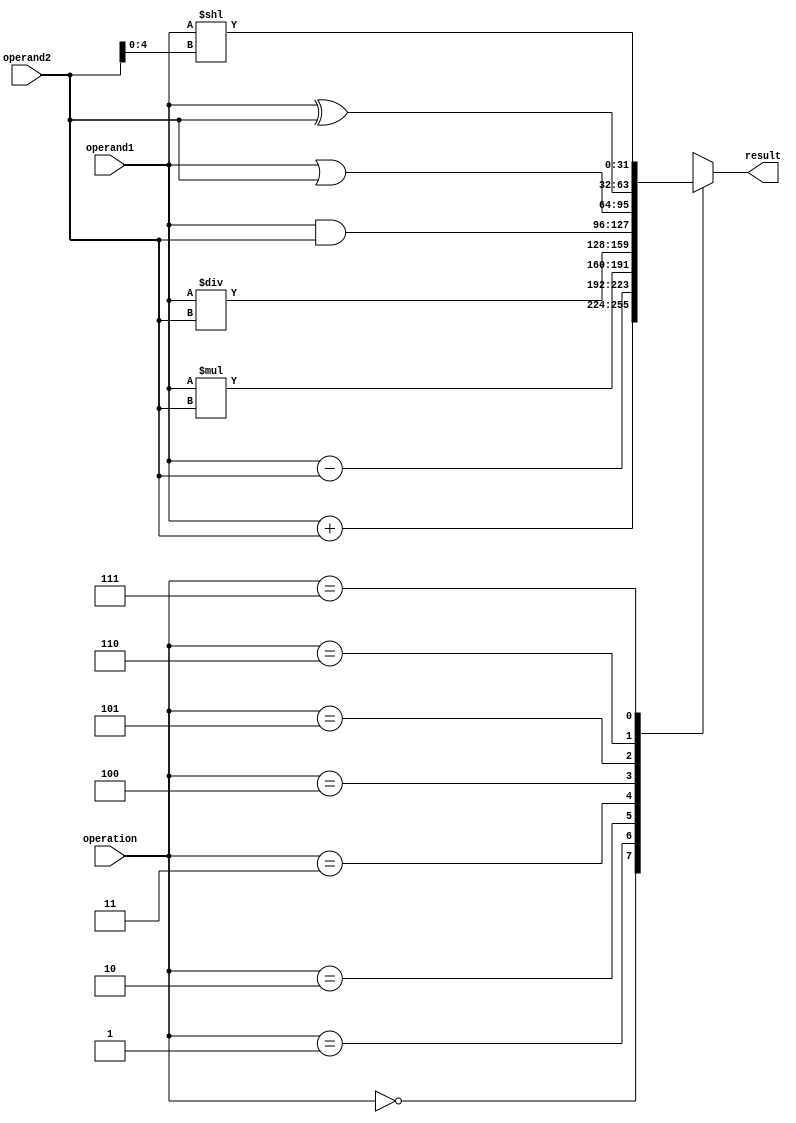
module Vector_ALU (
    input [31:0] operand1,
    input [31:0] operand2,
    input [2:0] operation,
    output reg [31:0] result
);

always @(*)
begin
    case(operation)
        3'b000: result = operand1 + operand2;         // Addition
        3'b001: result = operand1 - operand2;         // Subtraction
        3'b010: result = operand1 * operand2;         // Multiplication
        3'b011: result = operand1 / operand2;         // Division
        3'b100: result = operand1 & operand2;         // Bitwise AND
        3'b101: result = operand1 | operand2;         // Bitwise OR
        3'b110: result = operand1 ^ operand2;         // Bitwise XOR
        3'b111: result = operand1 << operand2[4:0];   // Shift left by operand2[4:0] bits
    endcase
end

endmodule